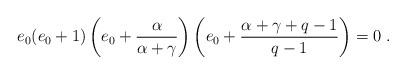
LaTeX: \begin{align*} e_0(e_0+1)\left(e_0+\frac{\alpha}{\alpha+\gamma}\right)\left(e_0+\frac{\alpha+\gamma+q-1}{q-1}\right)=0\;.\end{align*}